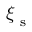
{ \boldsymbol \xi } _ { \textup { s } }